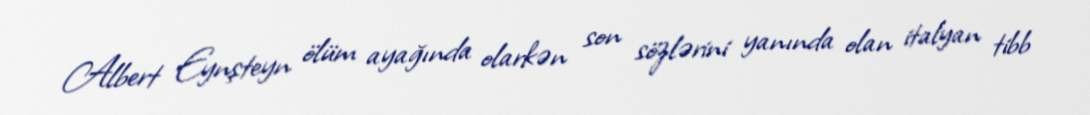
Albert Eynşteyn ölüm ayağında olarkən son sözlərini yanında olan italyan tibb